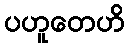
ပဟူတေဟိ